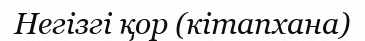
Негізгі қор (кітапхана)